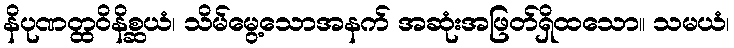
နိပုဏတ္ထဝိနိစ္ဆယံ၊ သိမ်မွေ့သောအနက် အဆုံးအဖြတ်ရှိထသော။ သမယံ၊